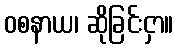
ဝစနာယ၊ ဆိုခြင်းငှာ။